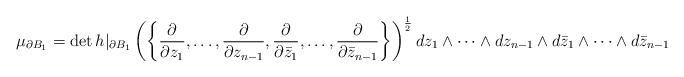
LaTeX: \begin{align*}\mu_{\partial B_1}=\det h|_{\partial B_1}\left(\left\{\frac{\partial}{\partial z_1},\dots,\frac{\partial}{\partial z_{n-1}},\frac{\partial}{\partial \bar{z}_1},\dots,\frac{\partial}{\partial \bar{z}_{n-1}}\right\}\right)^{\frac{1}{2}}dz_1\wedge\dots\wedge dz_{n-1}\wedge d\bar{z}_1\wedge\dots\wedge d\bar{z}_{n-1}\end{align*}